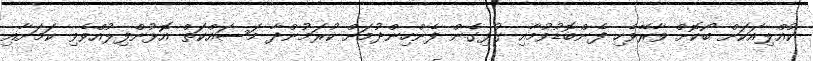
ކުއްލިއަކަށް ބޯކޮށް ވާރޭވެހި ފެންބޮޑުވުމާއި ގުޅިގެން ފެންހިންދުމަށް ކުރަމުންދާ މަސައްކަތް އޮޅުންފިލުއްވެވި ކަމަށާއި